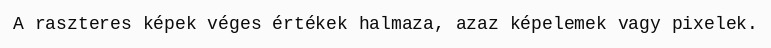
A raszteres képek véges értékek halmaza, azaz képelemek vagy pixelek.